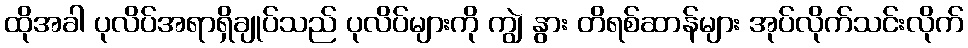
ထိုအခါ ပုလိပ်အရာရှိချုပ်သည် ပုလိပ်များကို ကျွဲ နွား တိရစ်ဆာန်များ အုပ်လိုက်သင်းလိုက်